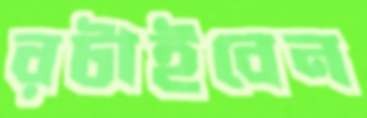
রটাইবেন